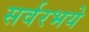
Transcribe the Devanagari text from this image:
सर्वरभये